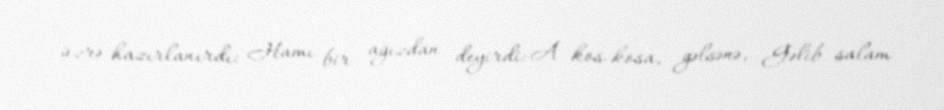
üzrə hazırlanırdı: Hamı bir ağızdan deyirdi: A kos-kosa, gəlsənə, Gəlib salam